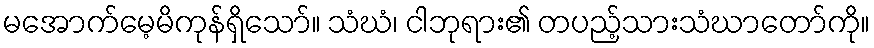
မအောက်မေ့မိကုန်ရှိသော်။ သံဃံ၊ ငါဘုရား၏ တပည့်သားသံဃာတော်ကို။